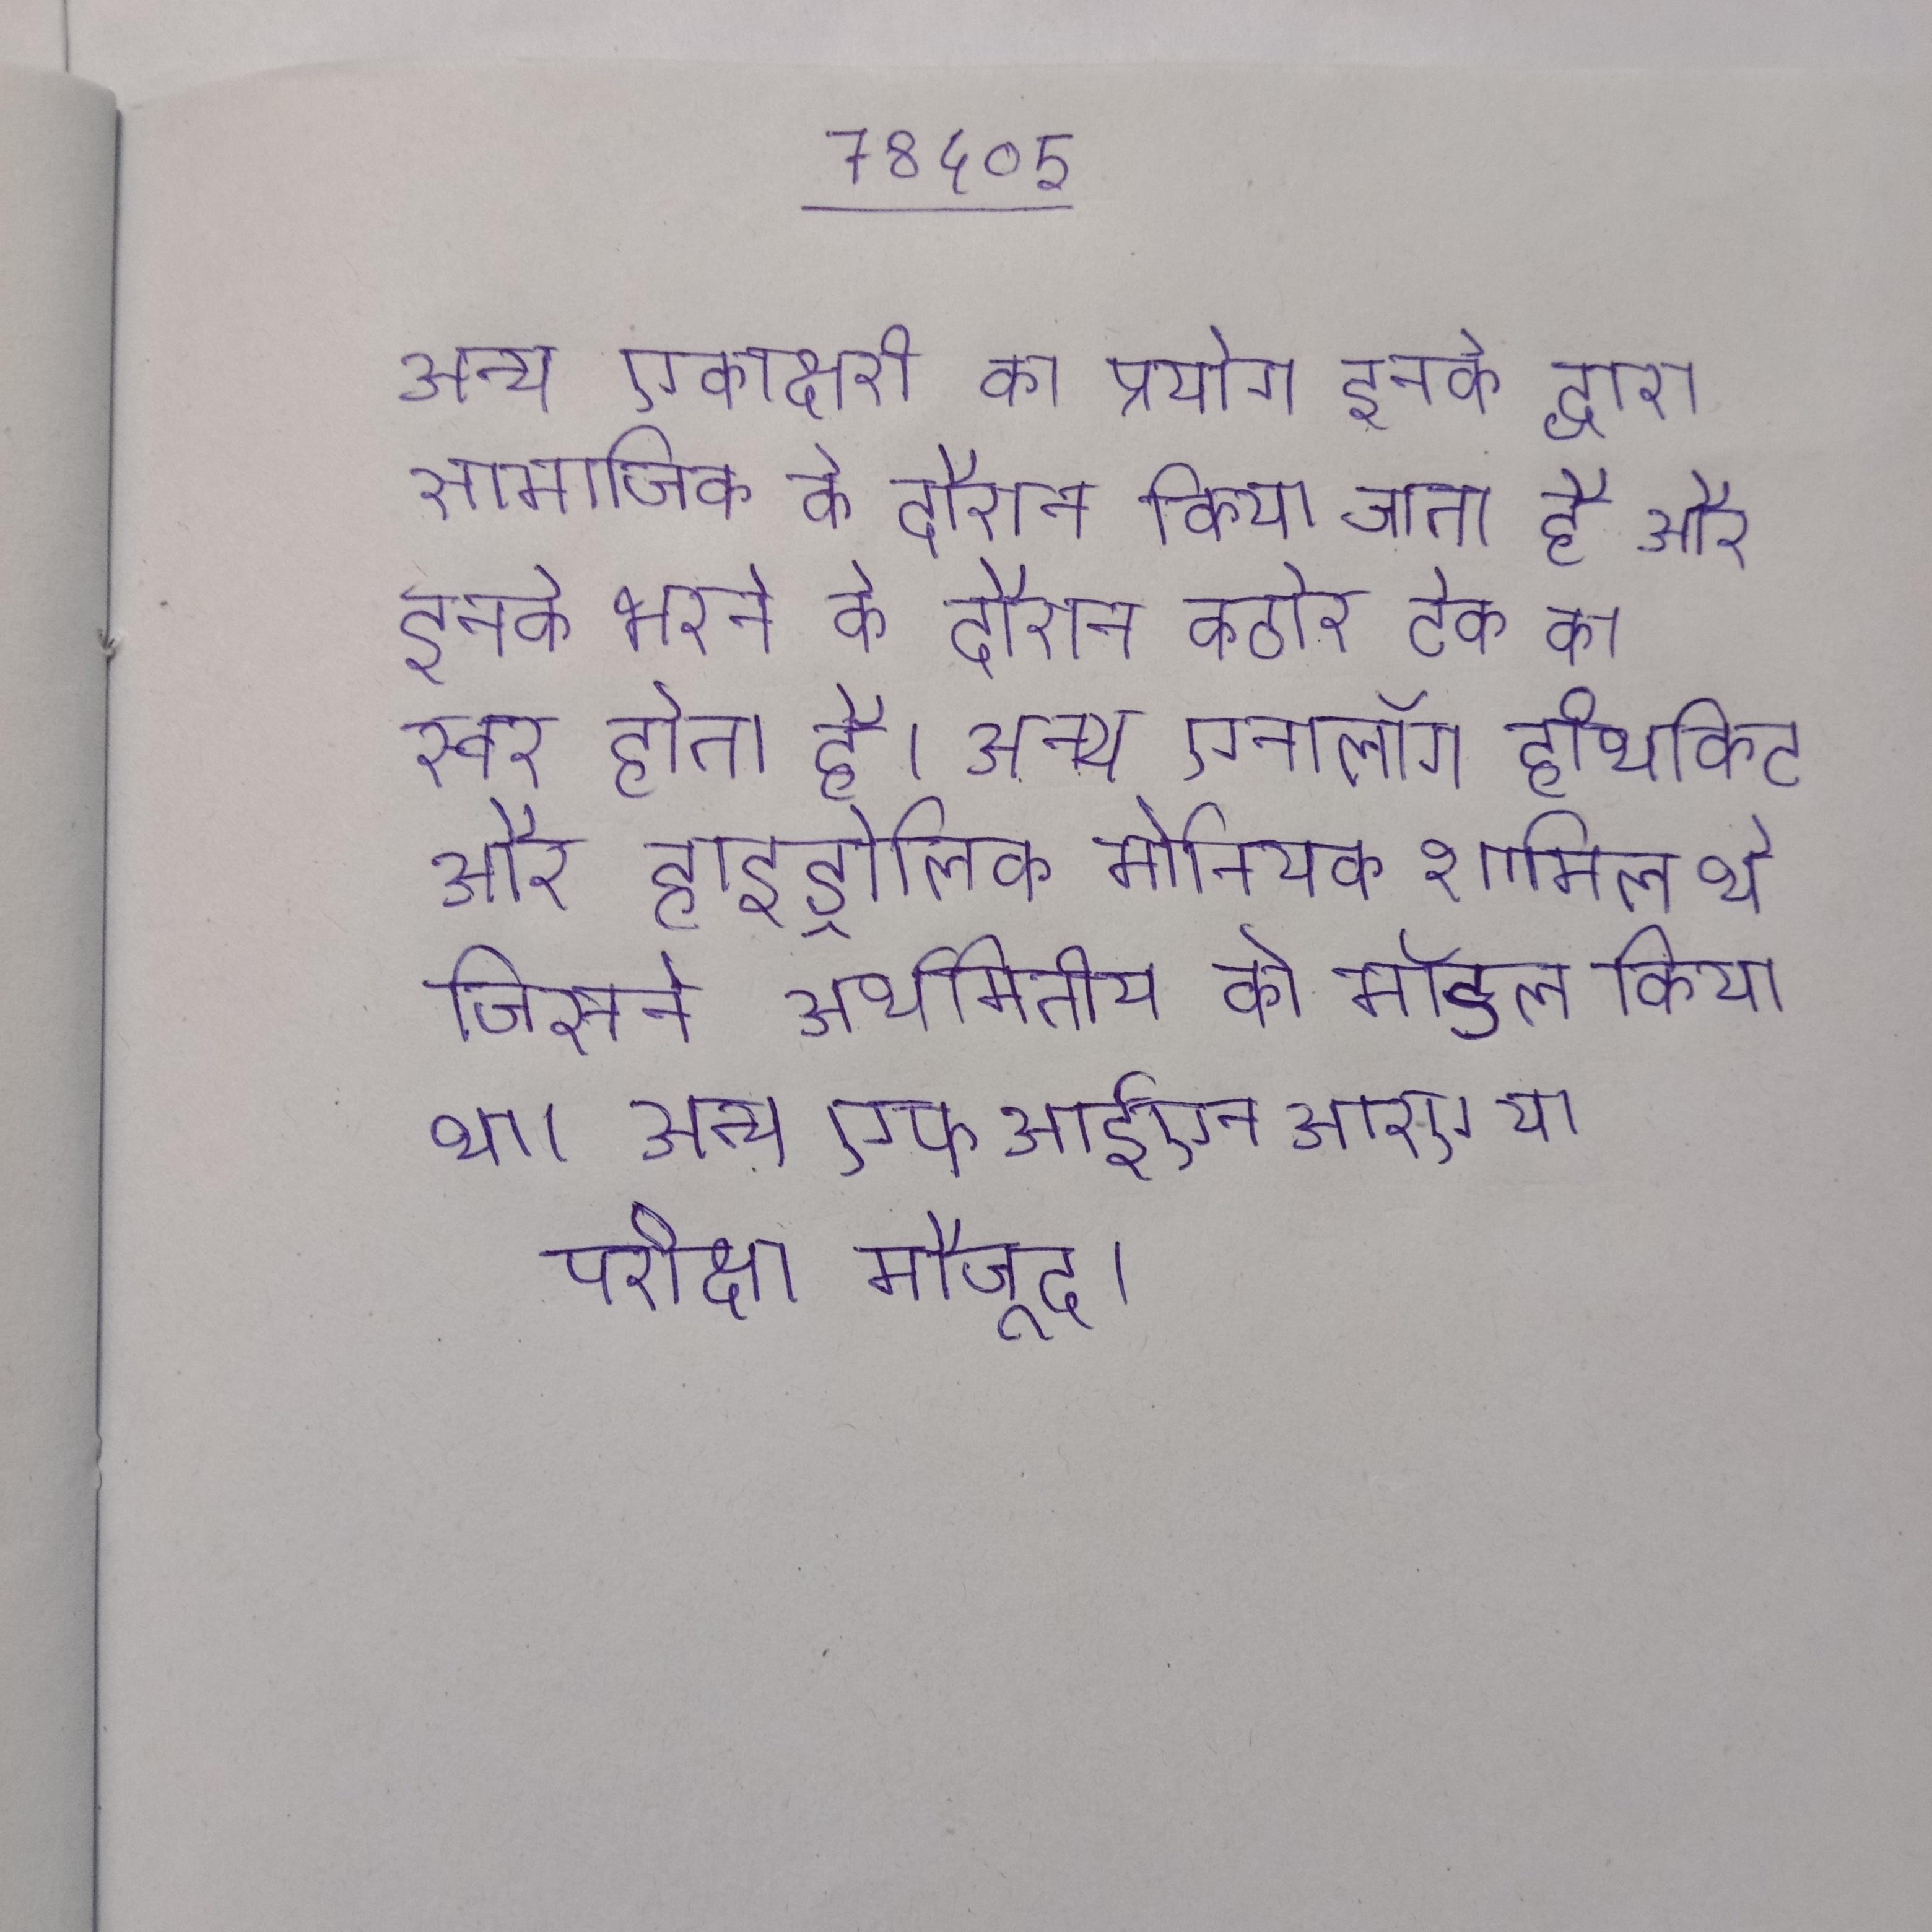
अन्य एकाक्षरी का प्रयोग इनके द्वारा सामाजिक के दौरान किया जाता है और इनके भरने के दौरान कठोर टेक का स्वर होता है । अन्य एनालॉग हीथकिट और हाइड्रोलिक मोनियक शामिल थे जिसने अर्थमितीय को मॉडल किया था । अन्य एफआईएनआरए या परीक्षा मौजूद ।